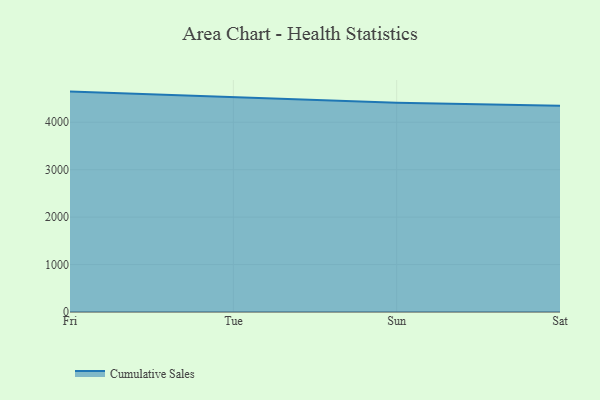
{"axis": {"x": "Day", "y": "LTV (USD)"}, "legend": ["Cumulative Sales"], "data": [{"x": "Fri", "y": 4646.2, "type": "Cumulative Sales"}, {"x": "Tue", "y": 4524.6, "type": "Cumulative Sales"}, {"x": "Sun", "y": 4413.5, "type": "Cumulative Sales"}, {"x": "Sat", "y": 4345.3, "type": "Cumulative Sales"}]}